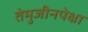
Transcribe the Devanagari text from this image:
तेमुजीनपेक्षा